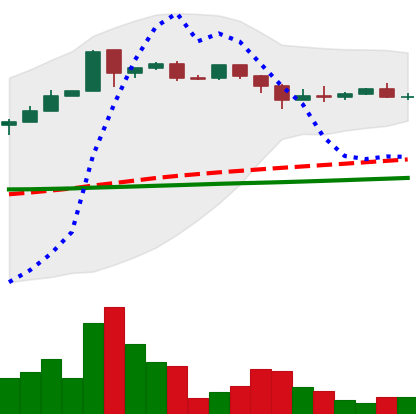
Ticker: DOGE-USD
Chart end date: 2018-09-25
Forward return: 3.869%
Label: up_3_5